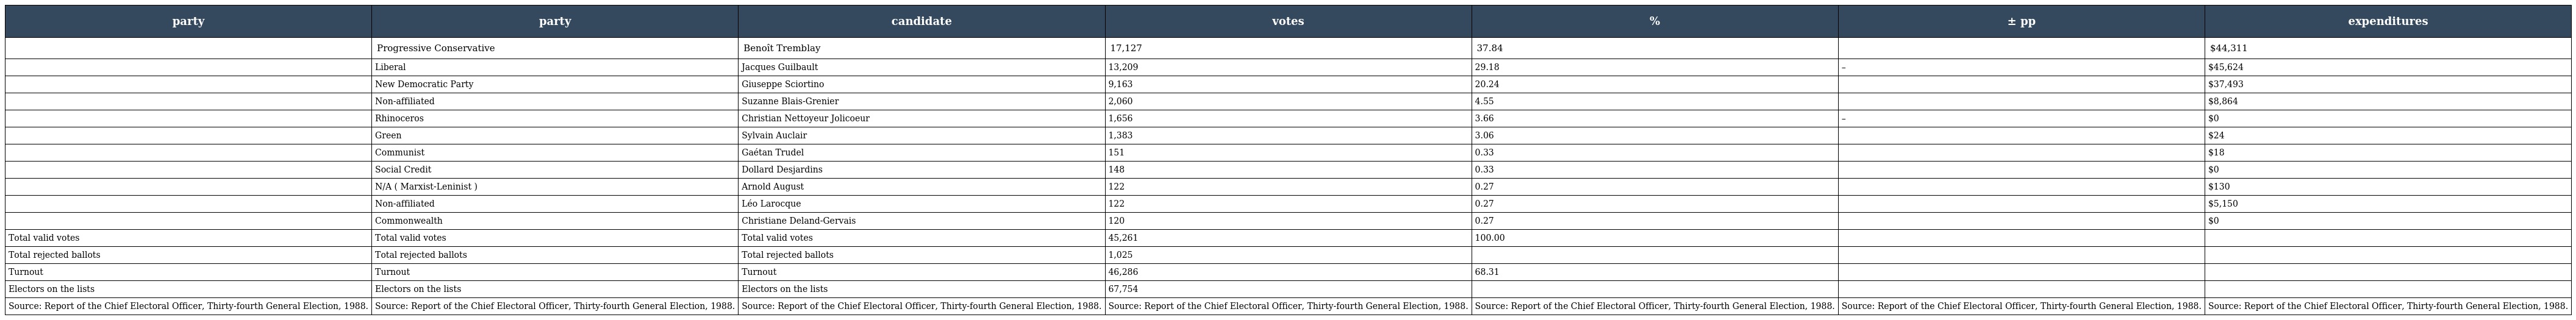
| party | party | candidate | votes | % | ± pp | expenditures |
 | --- | --- | --- | --- | --- | --- | --- |
 |  | Progressive Conservative | Benoît Tremblay | 17,127 | 37.84 |  | $44,311 |
 |  | Liberal | Jacques Guilbault | 13,209 | 29.18 | – | $45,624 |
 |  | New Democratic Party | Giuseppe Sciortino | 9,163 | 20.24 |  | $37,493 |
 |  | Non-affiliated | Suzanne Blais-Grenier | 2,060 | 4.55 |  | $8,864 |
 |  | Rhinoceros | Christian Nettoyeur Jolicoeur | 1,656 | 3.66 | – | $0 |
 |  | Green | Sylvain Auclair | 1,383 | 3.06 |  | $24 |
 |  | Communist | Gaétan Trudel | 151 | 0.33 |  | $18 |
 |  | Social Credit | Dollard Desjardins | 148 | 0.33 |  | $0 |
 |  | N/A ( Marxist-Leninist ) | Arnold August | 122 | 0.27 |  | $130 |
 |  | Non-affiliated | Léo Larocque | 122 | 0.27 |  | $5,150 |
 |  | Commonwealth | Christiane Deland-Gervais | 120 | 0.27 |  | $0 |
 | Total valid votes | Total valid votes | Total valid votes | 45,261 | 100.00 |  |  |
 | Total rejected ballots | Total rejected ballots | Total rejected ballots | 1,025 |  |  |  |
 | Turnout | Turnout | Turnout | 46,286 | 68.31 |  |  |
 | Electors on the lists | Electors on the lists | Electors on the lists | 67,754 |  |  |  |
 | Source: Report of the Chief Electoral Officer, Thirty-fourth General Election, 1988. | Source: Report of the Chief Electoral Officer, Thirty-fourth General Election, 1988. | Source: Report of the Chief Electoral Officer, Thirty-fourth General Election, 1988. | Source: Report of the Chief Electoral Officer, Thirty-fourth General Election, 1988. | Source: Report of the Chief Electoral Officer, Thirty-fourth General Election, 1988. | Source: Report of the Chief Electoral Officer, Thirty-fourth General Election, 1988. | Source: Report of the Chief Electoral Officer, Thirty-fourth General Election, 1988. |